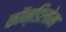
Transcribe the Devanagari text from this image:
कॉन्डिलोमा